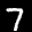
Label: 7